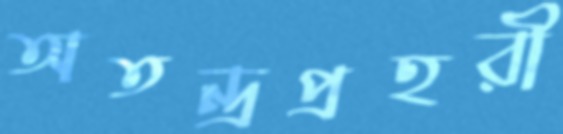
অতন্দ্রপ্রহরী